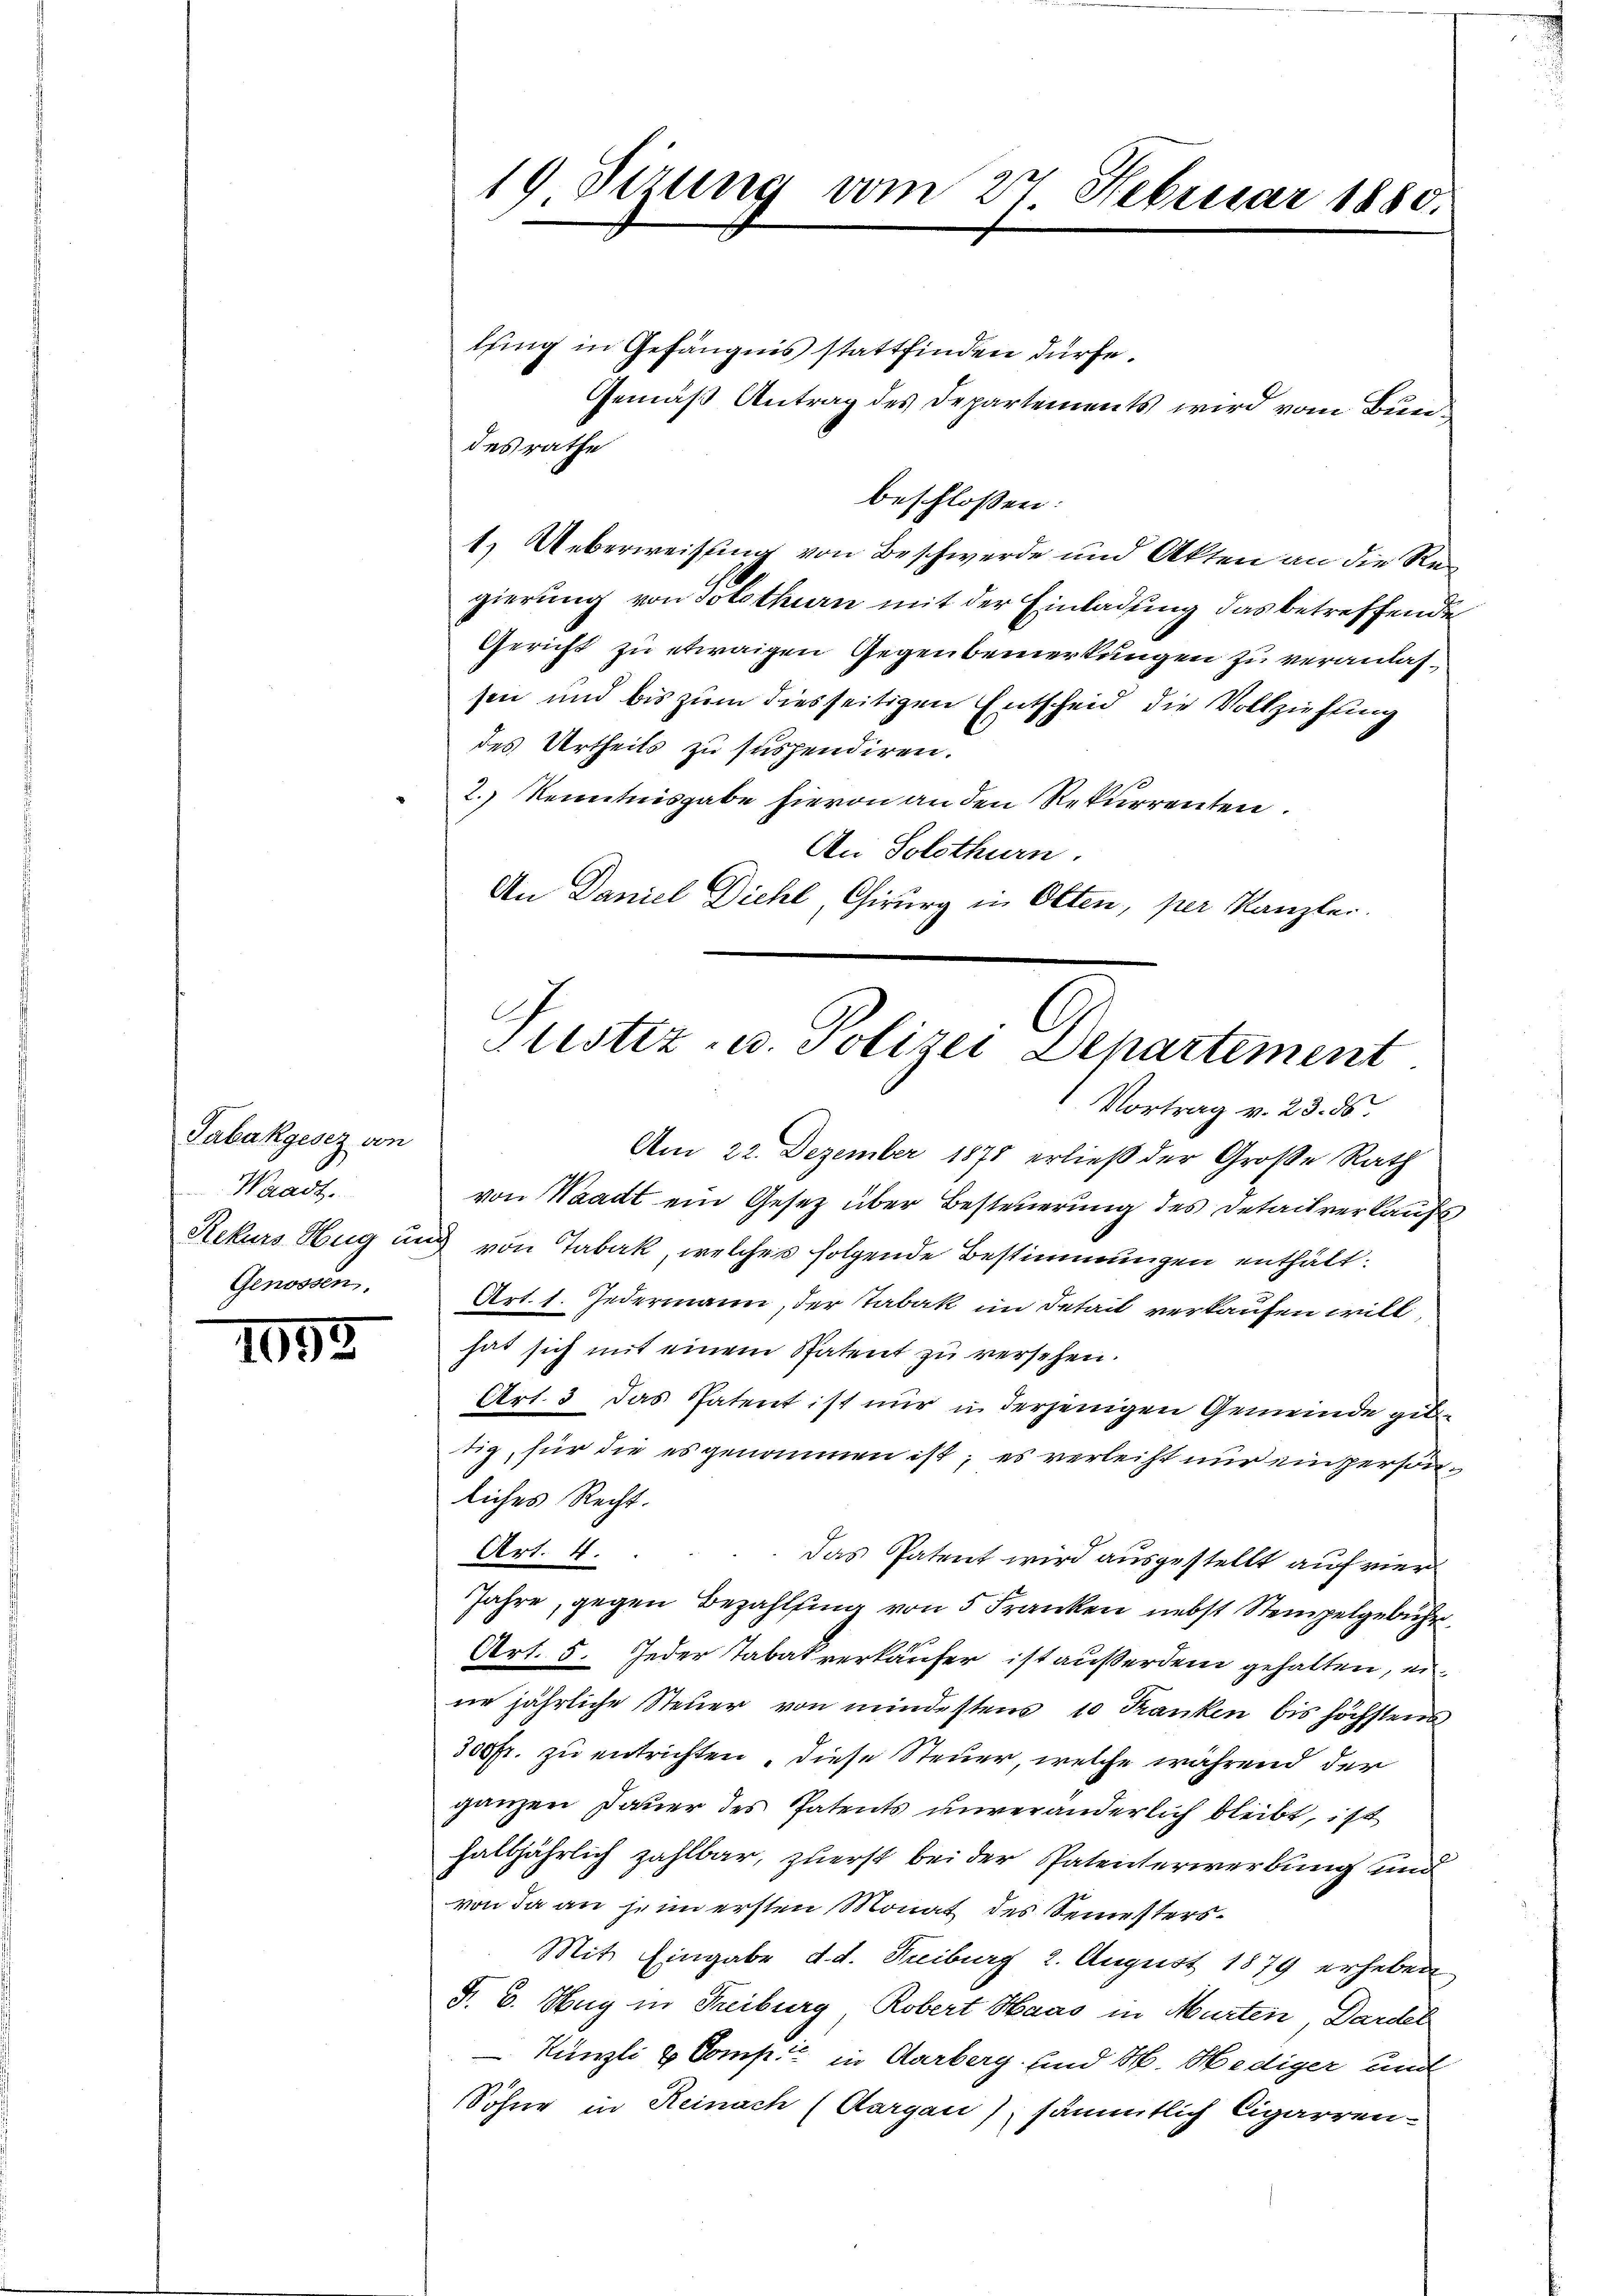
Tabakgesez von
Waadt.
Rekurs Hug un
Genossen.

1055

lung in Gefängnis stattfinden dürfe.
Gemäß Antrag des Departements wird vom Bundesrathe
beschlossen:
1.) Ueberweisung von Beschwerde und Akten an die Regierung von Solothurn mit der Einladung das betreffende
Gericht zu etwaigen Gegenbemerkungen zu veranlassen und bis zum diesseitigen Entscheid die Vollziehung
des Urtheils zu suspendiren.
2.) Kenntnisgabe hievon an den Rekurrenten.
An Solothurn.
An Daniel Diehl, Chirurg in Otten, per Kanzler.

19. Sizung vom 27 Februar 1880.

Justiz- u. Polizei Departement

Vortrag v. 23. ds.
Am 22. Dezember 1875 erließ der Große Rath
von Waadt ein Gesetz über Besteuerung des Detailverkaufs¬
2 von Tabak, welches folgende Bestimmungen enthält.
Art. 1. Jedermann, der Tabak im Detail verkaufen will,
hat sich mit einem Spatent zu versehen.
Art. 3 das Patent ist nur in derjenigen Gemeinde gib
tig, für die es genommen ist; es verleist nur einspersonliches Recht.
Art. 4.
Das Patent wird ausgestellt auf vier
Jahre, gegen Bezahlung von 5 Franken nebst Stempelgebühr.
Art. 5. Jeder Tabakverkäufer ist außerdem gehalten, eine jährliche Steuer von mindestens 10 Franken bis höchstens
300 Fr. zu entrichten, diese Steuer, welche während der
ganzen Dauer des Patents unveränderlich bleibt, ist
halbjährlich zahlbar, zuerst bei der Patenterwerbung und
von da an jenn ersten Monat des Semesters¬
Mit Eingabe d. d. Freiburg 2. August 1879 erheben.
§. 6. Hug in Freiburg, Robert Haas in Murten, Dardel
Künzli & Comp. in Aarberg und H. Hediger und
Söhne in Reinach (Aargau), sämmtlich Cigarren¬